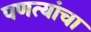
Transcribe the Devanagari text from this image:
पणत्यांचा